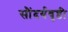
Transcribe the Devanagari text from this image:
सौंदर्यवृष्टी